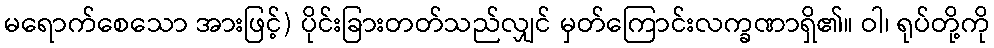
မရောက်စေသော အားဖြင့်) ပိုင်းခြားတတ်သည်လျှင် မှတ်ကြောင်းလက္ခဏာရှိ၏။ ဝါ၊ ရုပ်တို့ကို